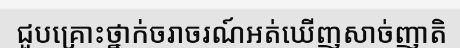
ជួបគ្រោះថ្នាក់ចរាចរណ៍អត់ឃើញសាច់ញាតិ